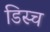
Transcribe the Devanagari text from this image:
डिस्च